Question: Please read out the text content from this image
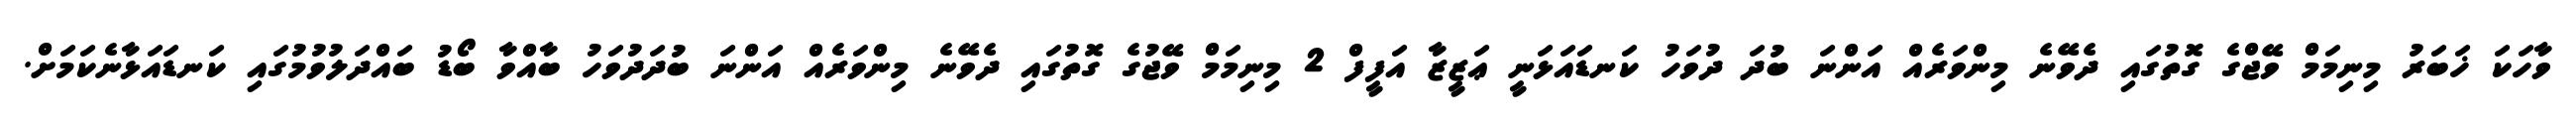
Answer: ވާހަކަ ޚަބަރު މިނިމަމް ވޭޖްގެ ގޮތުގައި ދެވޭނެ މިންވަރެއް އަންނަ ބުދަ ދުވަހު ކަނޑައަޅަނީ ޢަޒީޒާ އަފީފް 2 މިނިމަމް ވޭޖުގެ ގޮތުގައި ދެވޭނެ މިންވަރެއް އަންނަ ބުދަދުވަހު ބާއްވާ ބޯޑު ބައްދަލުވުމުގައި ކަނޑައަޅާނެކަމަށް.